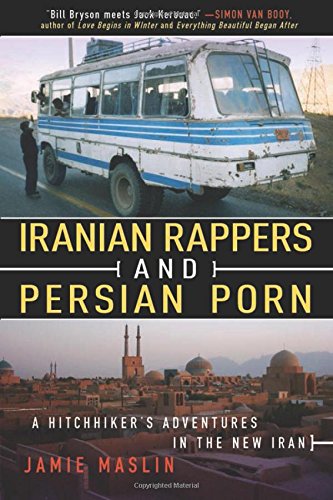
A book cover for Iranian Rappers and Persian Porn: A Hitchhiker's Adventures in the New Iran; Jamie Maslin; Travel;